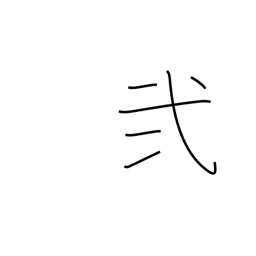
Meaning: II